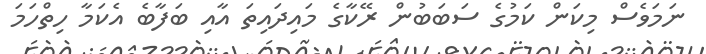
ނަމަވެސް މިކަން ކަމުގެ ސަބަބުން ރޭކާގެ މައިދައިތަ އާއި ބަފާބެ އެކަމާ ހިތްހަމަ